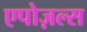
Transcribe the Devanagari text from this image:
एपोज़ल्स